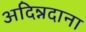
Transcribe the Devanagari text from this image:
अदिन्नदाना